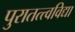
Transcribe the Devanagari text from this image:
पुरातत्त्वविद्या